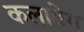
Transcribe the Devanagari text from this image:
कलावेग